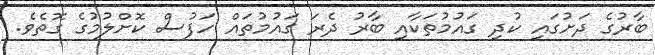
ބާރުގެ ދަށުގައި ކުދި ގައުމުތަކާއި ބާރު ދެރަ ގައުމުތައް ހަފުސް ކޮށްލުމުގެ ގޮތެވެ.